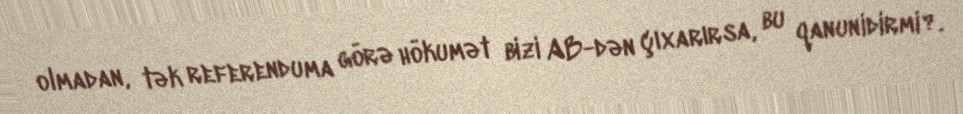
olmadan, tək referenduma görə hökumət bizi AB-dən çıxarırsa, bu qanunidirmi?.